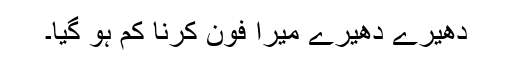
دھیرے دھیرے میرا فون کرنا کم ہو گیا۔